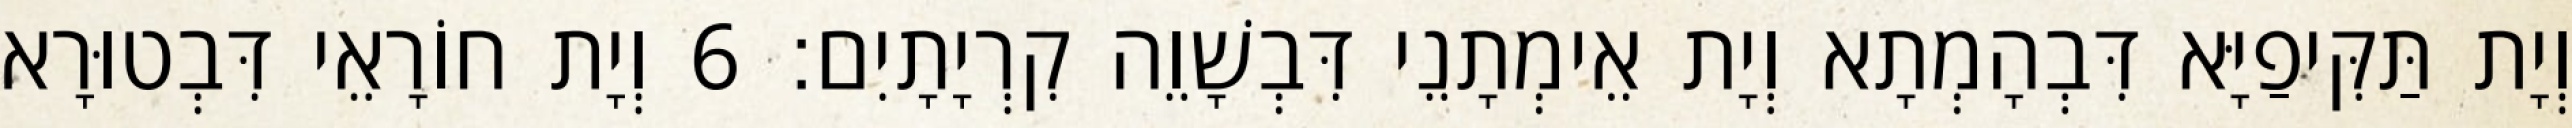
וְיָת תַּקִּיפַיָּא דִּבְהָמְתָא וְיָת אֵימְתָנֵי דִּבְשָׁוֵה קִרְיָתָיִם׃ 6 וְיָת חוֹרָאֵי דִּבְטוּרָא